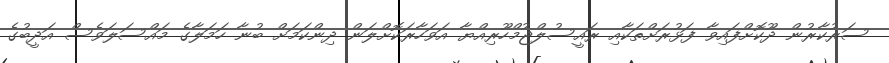
ސަރުކާރުން ދޫކޮށްފައިވާ ފަޅުރަށްތަކާއި ރައީސުލްޖުމްހޫރިއްޔާ އަވަހާރަކޮށްލަން ދިންކަމަށް ބުނާ ހަމަލާގެ މައްސަލަވެސް އަދީބުގެ